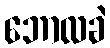
ဘောလခဲ